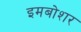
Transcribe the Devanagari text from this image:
इमबोशर